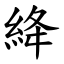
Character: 絳